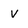
Character: V